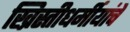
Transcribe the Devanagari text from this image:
ख्रिस्तीधर्मीयांचे